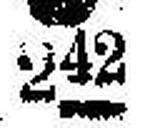
● 242